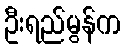
ဦးရည်မွန်က